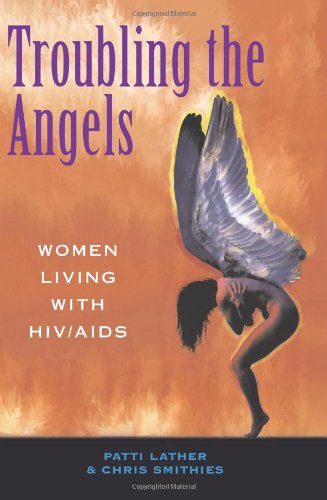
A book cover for Troubling The Angels: Women Living With HIV/AIDS; Patricia A Lather; Health, Fitness & Dieting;